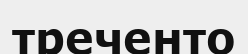
треченто